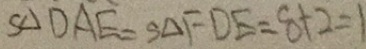
S _ { \Delta } D A E = S _ { \Delta } F D E = 8 + 2 = 1